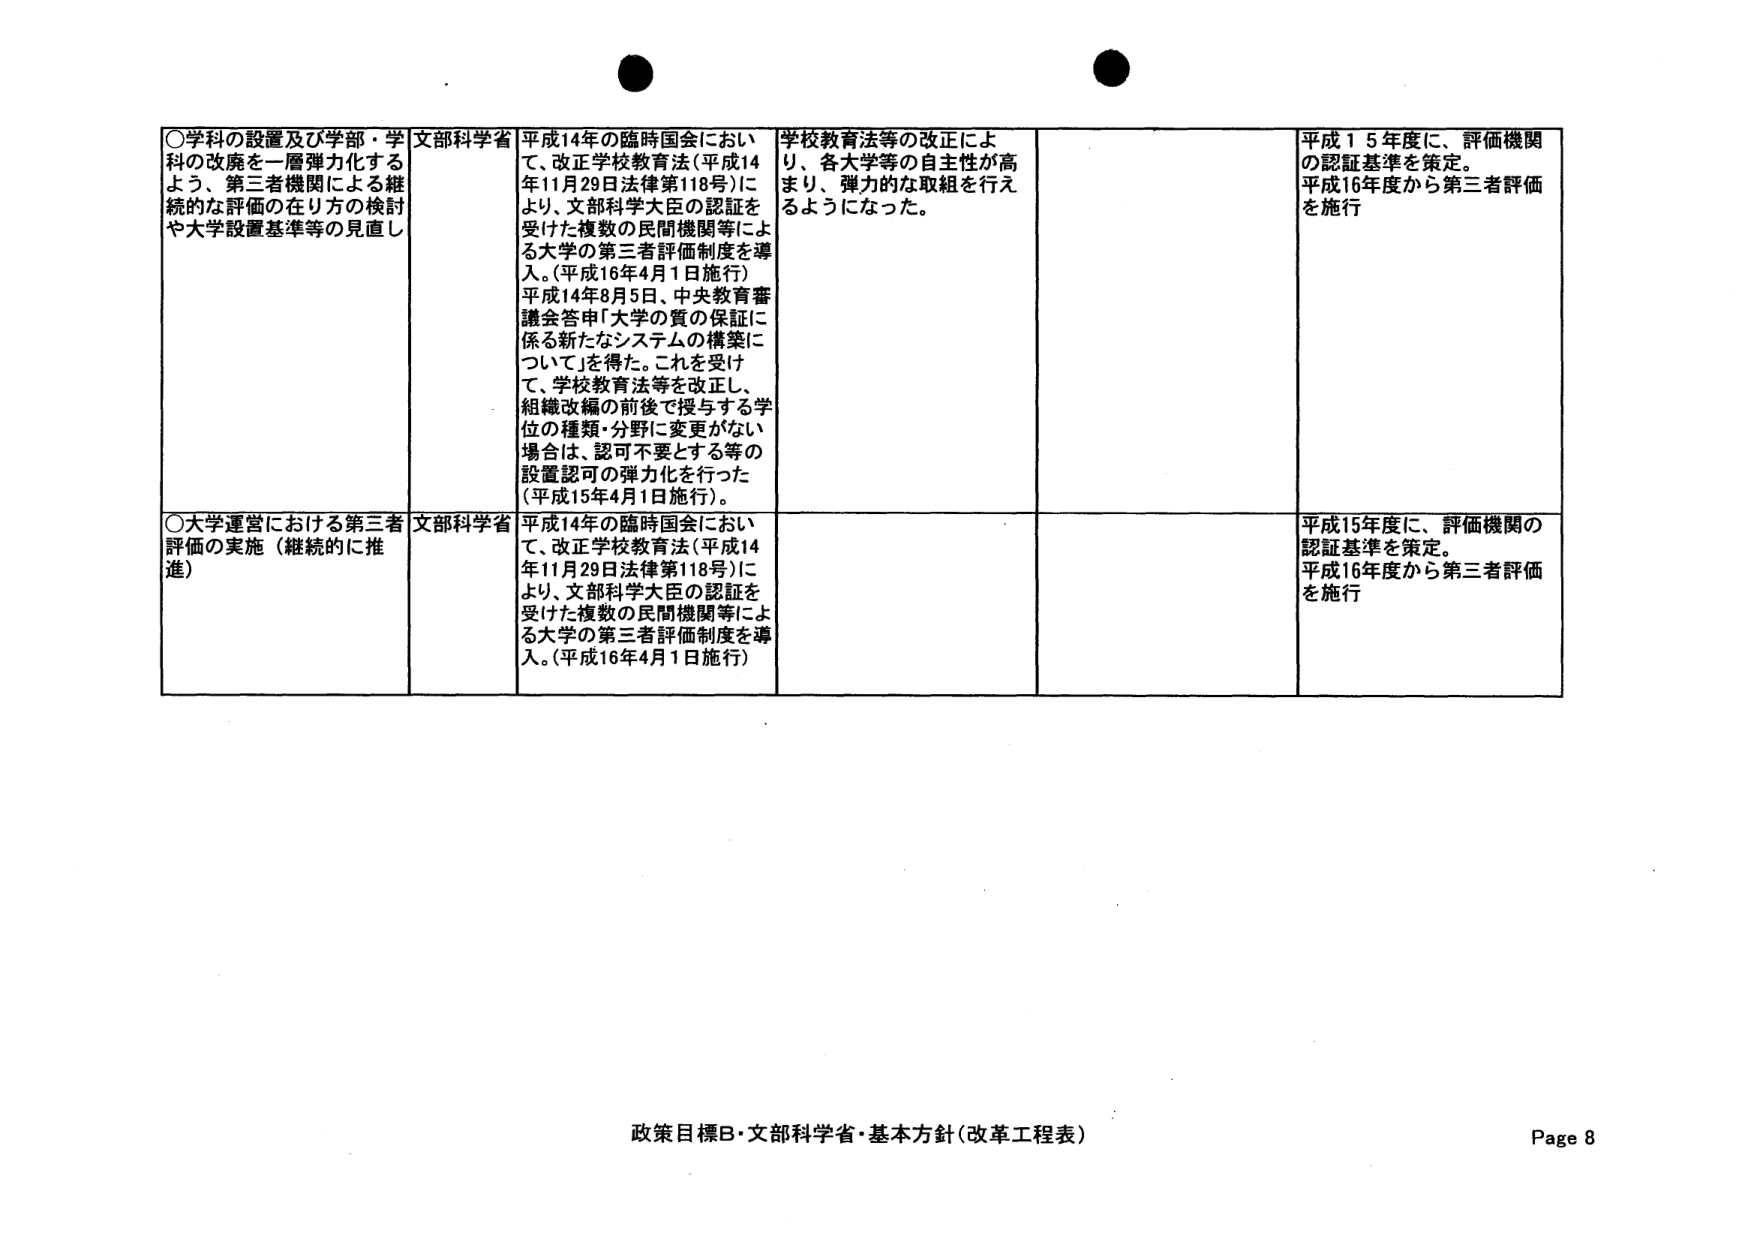
○学科の設置及び学部・学科の改廃を一層弾力化するよう、第三者機関による継続的な評価の在り方の検討や大学設置基準等の見直し

文部科学省

平成14年の臨時国会において、改正学校教育法（平成14年11月29日法律第118号）により、文部科学大臣の認証を受けた複数の民間機関等による大学の第三者評価制度を導入。（平成16年4月1日施行）
平成14年8月5日、中央教育審議会答申「大学の質の保証に係る新たなシステムの構築について」を得た。これを受け、学校教育法等を改正し、組織改編の前後で授与する学位の種類・分野に変更がない場合は、認可不要とする等の設置認可の弾力化を行った（平成15年4月1日施行）。

学校教育法等の改正により、各大学等の自主性が高まり、弾力的な取組を行えるようになった。

平成15年度に、評価機関の認証基準を策定。
平成16年度から第三者評価を施行

○大学運営における第三者評価の実施（継続的に推進）

文部科学省

平成14年の臨時国会において、改正学校教育法（平成14年11月29日法律第118号）により、文部科学大臣の認証を受けた複数の民間機関等による大学の第三者評価制度を導入。（平成16年4月1日施行）

平成15年度に、評価機関の認証基準を策定。
平成16年度から第三者評価を施行

政策目標B・文部科学省・基本方針（改革工程表）
Page 8